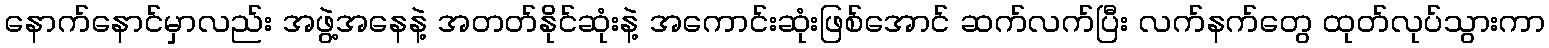
နောက်နောင်မှာလည်း အဖွဲ့အနေနဲ့ အတတ်နိုင်ဆုံးနဲ့ အကောင်းဆုံးဖြစ်အောင် ဆက်လက်ပြီး လက်နက်တွေ ထုတ်လုပ်သွားကာ